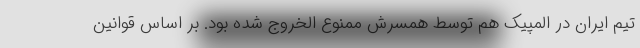
تیم ایران در المپیک هم توسط همسرش ممنوع الخروج شده بود. بر اساس قوانین